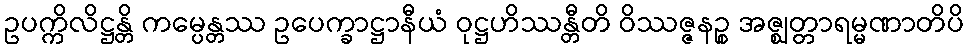
ဥပက္ကိလိဋ္ဌန္တိ ကမ္ပေန္တဿ ဥပေက္ခာဋ္ဌာနီယံ ဝုဋ္ဌဟိဿန္တီတိ ဝိဿဇ္ဇနဉ္စ အဇ္ဈတ္တာရမ္မဏာတိပိ